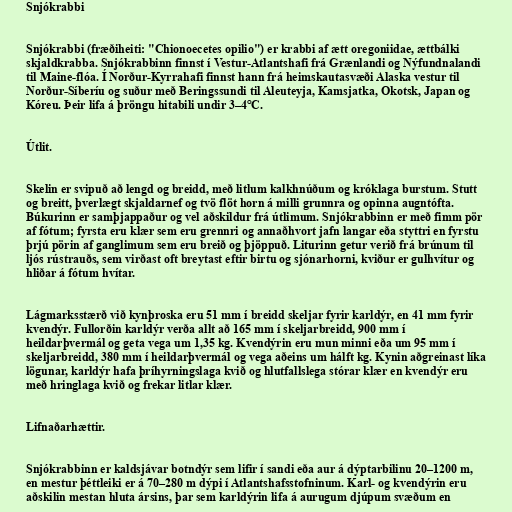
Snjókrabbi

Snjókrabbi (fræðiheiti: "Chionoecetes opilio") er krabbi af ætt oregoniidae, ættbálki
skjaldkrabba. Snjókrabbinn finnst í Vestur-Atlantshafi frá Grænlandi og Nýfundnalandi
til Maine-flóa. Í Norður-Kyrrahafi finnst hann frá heimskautasvæði Alaska vestur til
Norður-Síberíu og suður með Beringssundi til Aleuteyja, Kamsjatka, Okotsk, Japan og
Kóreu. Þeir lifa á þröngu hitabili undir 3–4°C.

Útlit.

Skelin er svipuð að lengd og breidd, með litlum kalkhnúðum og króklaga burstum. Stutt
og breitt, þverlægt skjaldarnef og tvö flöt horn á milli grunnra og opinna augntófta.
Búkurinn er samþjappaður og vel aðskildur frá útlimum. Snjókrabbinn er með fimm pör
af fótum; fyrsta eru klær sem eru grennri og annaðhvort jafn langar eða styttri en fyrstu
þrjú pörin af ganglimum sem eru breið og þjöppuð. Liturinn getur verið frá brúnum til
ljós rústrauðs, sem virðast oft breytast eftir birtu og sjónarhorni, kviður er gulhvítur og
hliðar á fótum hvítar.

Lágmarksstærð við kynþroska eru 51 mm í breidd skeljar fyrir karldýr, en 41 mm fyrir
kvendýr. Fullorðin karldýr verða allt að 165 mm í skeljarbreidd, 900 mm í
heildarþvermál og geta vega um 1,35 kg. Kvendýrin eru mun minni eða um 95 mm í
skeljarbreidd, 380 mm í heildarþvermál og vega aðeins um hálft kg. Kynin aðgreinast líka
lögunar, karldýr hafa þríhyrningslaga kvið og hlutfallslega stórar klær en kvendýr eru
með hringlaga kvið og frekar litlar klær.

Lifnaðarhættir.

Snjókrabbinn er kaldsjávar botndýr sem lifir í sandi eða aur á dýptarbilinu 20–1200 m,
en mestur þéttleiki er á 70–280 m dýpi í Atlantshafsstofninum. Karl- og kvendýrin eru
aðskilin mestan hluta ársins, þar sem karldýrin lifa á aurugum djúpum svæðum en